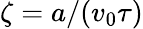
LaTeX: \zeta=a/(v_{0}\tau)